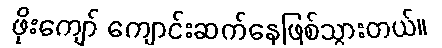
ဖိုးကျော် ကျောင်းဆက်နေဖြစ်သွားတယ်။